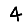
Digit: 4